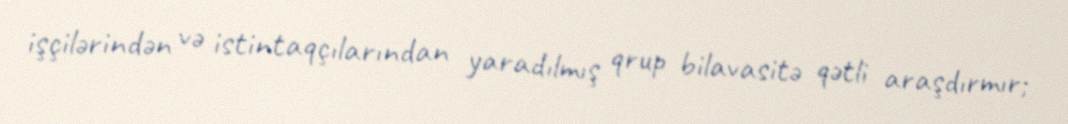
işçilərindən və istintaqçılarından yaradılmış qrup bilavasitə qətli araşdırmır;